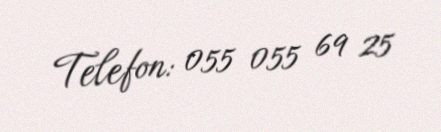
Telefon: 055 055 69 25